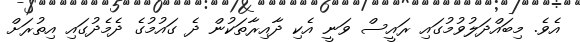
އެވެ. މިބައްދަލުވުމުގައި ރައީސް ވަނީ އެކި ދާއިރާތަކުން ދެ ގައުމުގެ ދެމެދުގައި އިތުރަށް